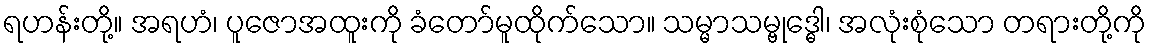
ရဟန်းတို့။ အရဟံ၊ ပူဇောအထူးကို ခံတော်မူထိုက်သော။ သမ္မာသမ္ဗုဒ္ဓေါ၊ အလုံးစုံသော တရားတို့ကို